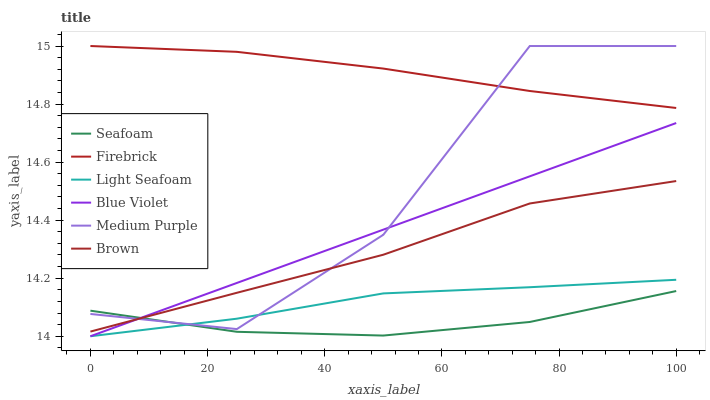
| xaxis_label | Seafoam | Firebrick | Light Seafoam | Blue Violet | Medium Purple | Brown |
 | --- | --- | --- | --- | --- | --- | --- |
 | 0 | 14.1 | 15 | 14 | 14 | 14.1 | 14 |
 | 25 | 14 | 15 | 14.1 | 14.2 | 14 | 14.1 |
 | 50 | 14 | 14.9 | 14.1 | 14.4 | 14.3 | 14.3 |
 | 75 | 14 | 14.8 | 14.2 | 14.6 | 15 | 14.5 |
 | 100 | 14.2 | 14.8 | 14.2 | 14.7 | 15 | 14.5 |